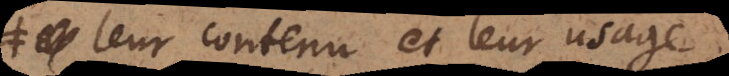
leur contenu et leur usage,